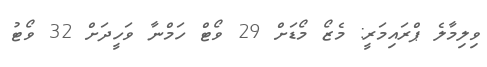
ވިލިމާލެ ޕްރައިމަރީ: މެޒޯ މޯޑަށް 29 ވޯޓް ހަމްނާ ވަހީދަށް 32 ވޯޓު